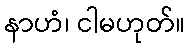
နာဟံ၊ ငါမဟုတ်။